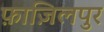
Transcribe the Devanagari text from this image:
फ़ाज़िलपुर